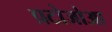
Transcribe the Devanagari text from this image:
प्रटोजोआ